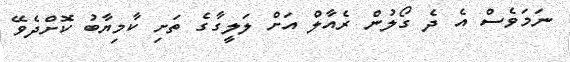
ނަމަވެސް އެ ދެ ގޯލުން ރެއާލް އަށް ލަލީގާގެ ތަށި ކާމިޔާބު ކޮށްދެވޭ